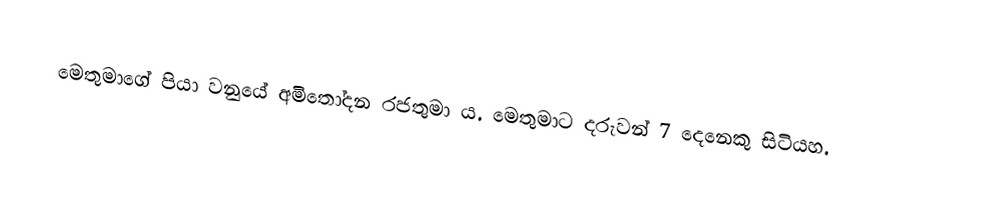
මෙතුමාගේ පියා වනුයේ අමිතෝදන රජතුමා ය. ‌මෙතුමාට දරුවන් 7 ‌දෙනෙකු සිටියහ.